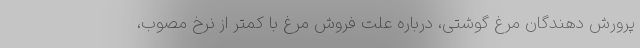
پرورش دهندگان مرغ گوشتی، درباره علت فروش مرغ با کمتر از نرخ مصوب،